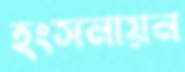
হংসনায়ন